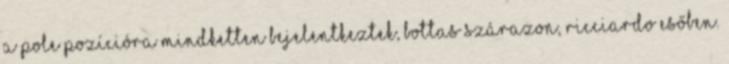
a pole pozícióra mindketten bejelentkeztek, Bottas szárazon, Ricciardo esőben.